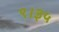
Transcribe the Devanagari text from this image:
९।३५